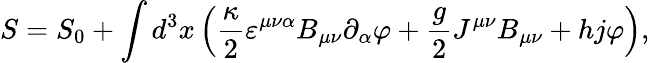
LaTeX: S=S_{0}+\int d^{3}x\left(\frac\kappa 2\varepsilon^{\mu\nu\alpha}B_{\mu\nu}\partial_{\alpha}\varphi+\frac g2J^{\mu\nu}B_{\mu\nu}+hj\varphi\right),